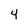
Character: 4